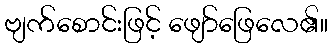
ဗျက်စောင်းဖြင့် ဖျော်ဖြေလေ၏။